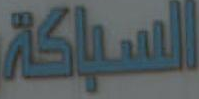
السباكة